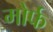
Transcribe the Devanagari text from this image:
मोर्फ